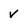
Character: v